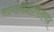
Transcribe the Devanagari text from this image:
सांगतोआश्वलायन